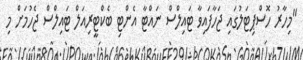
"މިހާރު ހޮސްޕިޓަލުގައި ޖަހާފައިވާ ޓައިލްސް ނައްޓާ އެންޓި ބެކްޓީރިއަލް ޓައިލްސް ޖެހުމަށް މި